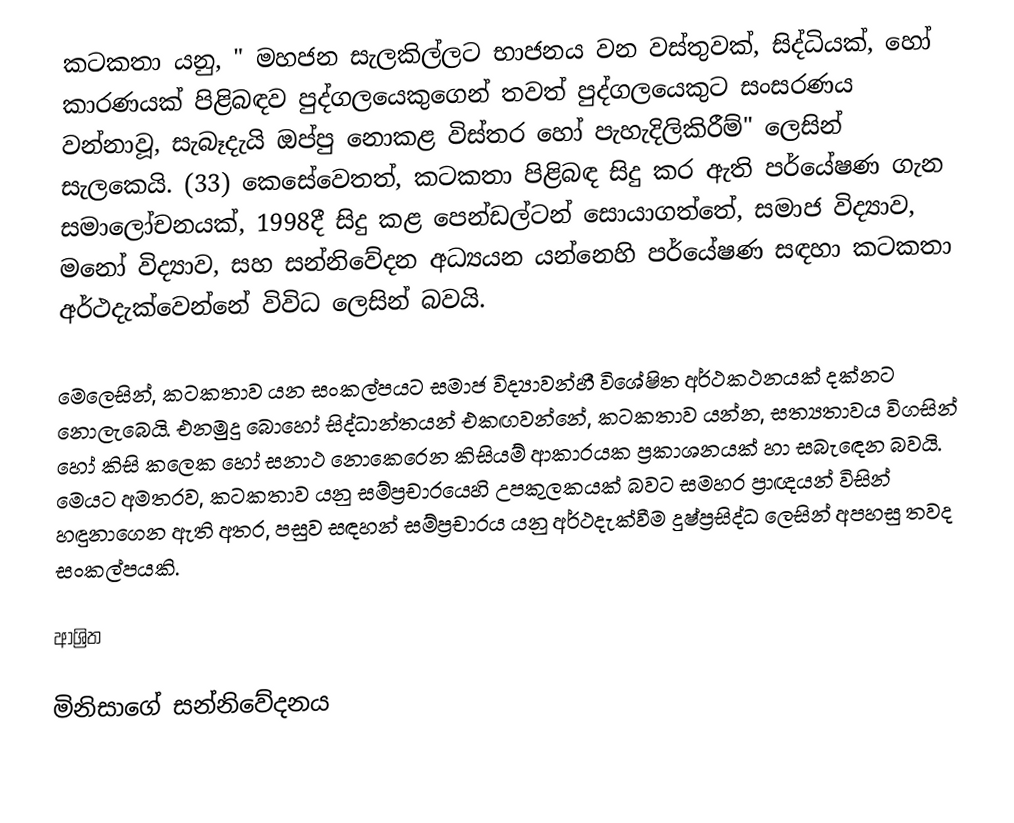
කටකතා යනු, " මහජන සැලකිල්ලට භාජනය වන වස්තුවක්, සිද්ධියක්, හෝ කාරණයක් පිළිබඳව පුද්ගලයෙකුගෙන් තවත් පුද්ගලයෙකුට සංසරණය වන්නාවූ, සැබෑදැයි ඔප්පු නොකළ විස්තර හෝ පැහැදිලිකිරීම්" ලෙසින් සැලකෙයි. (33) කෙසේවෙතත්, කටකතා පිළිබඳ සිදු කර ඇති පර්යේෂණ ගැන සමාලෝචනයක්, 1998දී  සිදු කළ පෙන්ඩල්ටන් සොයාගත්තේ,  සමාජ විද්‍යාව, මනෝ විද්‍යාව, සහ සන්නිවේදන අධ්‍යයන යන්නෙහි පර්යේෂණ සඳහා කටකතා අර්ථදැක්වෙන්නේ විවිධ ලෙසින් බවයි.

මෙලෙසින්, කටකතාව යන සංකල්පයට  සමාජ විද්‍යාවන්හී විශේෂිත අර්ථකථනයක් දක්නට නොලැබෙයි. එනමුදු බොහෝ සිද්ධාන්තයන් එකඟවන්නේ,  කටකතාව යන්න,  සත්‍යතාවය විගසින් හෝ කිසි කලෙක හෝ සනාථ නොකෙරෙන කිසියම් ආකාරයක ප්‍රකාශනයක් හා සබැඳෙන බවයි.  මෙයට අමතරව, කටකතාව යනු සම්ප්‍රචාරයෙහි උපකුලකයක් බවට සමහර ප්‍රාඥයන් විසින් හඳුනාගෙන ඇති අතර, පසුව සඳහන් සම්ප්‍රචාරය යනු අර්ථදැක්වීම දුෂ්ප්‍රසිද්ධ ලෙසින් අපහසු  තවද සංකල්පයකි.

ආශ්‍රිත

මිනිසාගේ සන්නිවේදනය